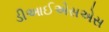
ડીઆઈએસએસ